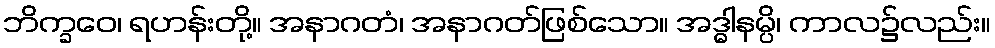
ဘိက္ခဝေ၊ ရဟန်းတို့။ အနာဂတံ၊ အနာဂတ်ဖြစ်သော။ အဒ္ဓါနမ္ပိ၊ ကာလ၌လည်း။